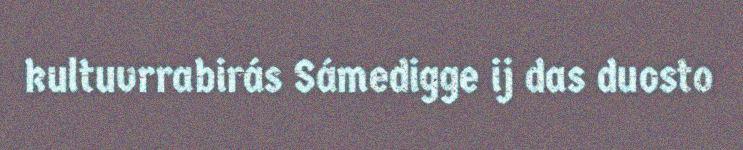
kultuvrrabirás Sámedigge ij das duosto